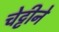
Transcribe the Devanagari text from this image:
चेट्टीने